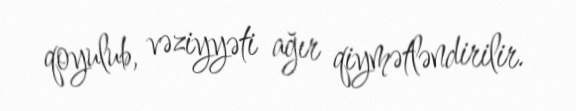
qoyulub, vəziyyəti ağır qiymətləndirilir.